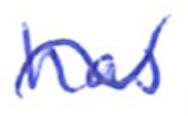
Text: has
Cross-out: wave
Writing tool: ballpoint